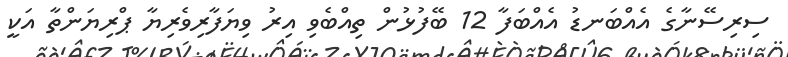
ސިރިސޭނާގެ އެއްބަނޑު އެއްބަފާ 12 ބޭފުޅުން ތިއްބެވި އިރު ވިޔަފާރިވެރިޔާ ޕްރިޔަންތާ އަކީ